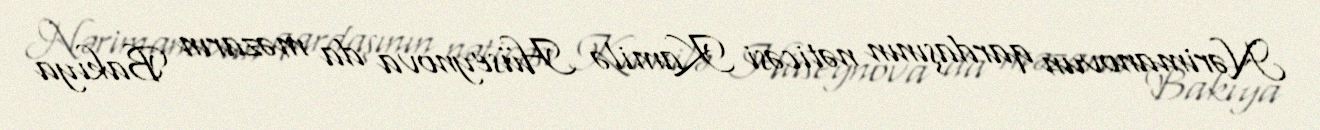
Nərimanovun qardaşının nəticəsi Kamilə Hüseynova da məzarın Bakıya